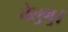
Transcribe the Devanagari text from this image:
तेलुगु।